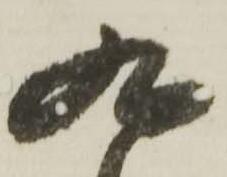
九